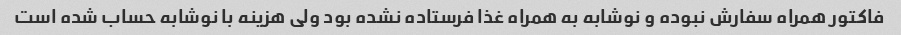
فاکتور همراه سفارش نبوده و نوشابه به همراه غذا فرستاده نشده بود ولی هزینه با نوشابه حساب شده است